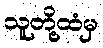
သူတို့ထံမှ